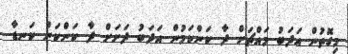
މިގޮތުން އަދަބު މައްޗަށް ދާ ކަންކަމުން އަދަބު ދަށަށް ދާ ކަންކަން ކަނޑާ